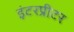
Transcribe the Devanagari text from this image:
इंटरप्रीटर